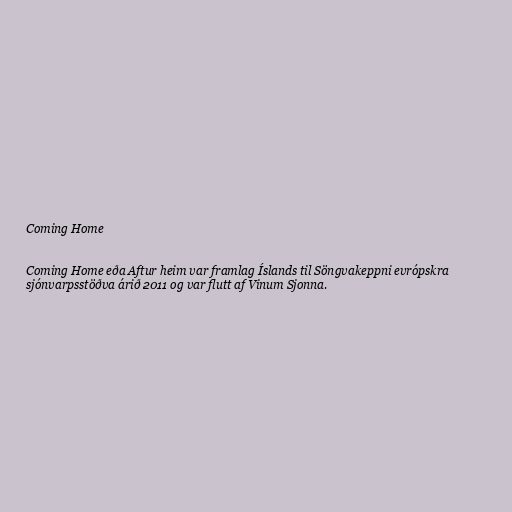
Coming Home

Coming Home eða Aftur heim var framlag Íslands til Söngvakeppni evrópskra
sjónvarpsstöðva árið 2011 og var flutt af Vinum Sjonna.